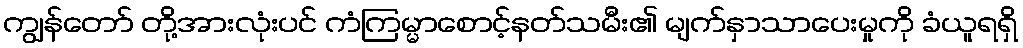
ကျွန်တော် တို့အားလုံးပင် ကံကြမ္မာစောင့်နတ်သမီး၏ မျက်နှာသာပေးမှုကို ခံယူရရှိ